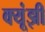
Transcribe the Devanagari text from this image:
क्यूंझी